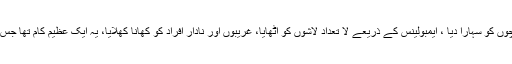
ان کا کہنا تھا کہ ایدھی نے جس طرح یتیم بچوں کو سہارا دیا ، ایمبولینس کے ذریعے لا تعداد لاشوں کو اٹھایا، غریبوں اور نادار افراد کو کھانا کھلایا، یہ ایک عظیم کام تھا جس کے بارے میں دنیا کو ضرور جاننا چاہیے۔